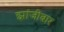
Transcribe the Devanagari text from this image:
झांजीबार